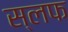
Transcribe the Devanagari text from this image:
स्लफ